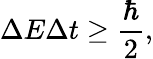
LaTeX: \Delta E\Delta t\geq{\frac{\hbar}{2}},